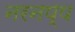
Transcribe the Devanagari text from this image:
नरनप्प